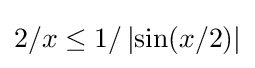
2/x\leq 1/\left|\sin(x/2)\right|